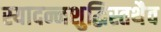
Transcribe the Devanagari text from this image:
स्यादन्नशुद्धिस्तथैव